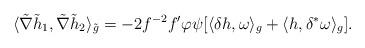
LaTeX: \begin{align*}\langle\tilde{\nabla}\tilde{h}_1,\tilde{\nabla}\tilde{h}_2\rangle_{\tilde{g}}=-2f^{-2}f'\varphi\psi[\langle\delta h,\omega\rangle_g+\langle h,\delta^*\omega\rangle_g].\end{align*}